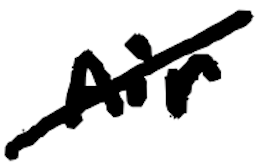
Text: Air
Cross-out: diagonal
Writing tool: digital_black